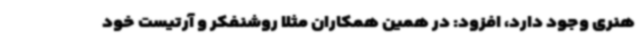
هنری وجود دارد، افزود: در همین همکاران مثلا روشنفکر و آرتیست خود